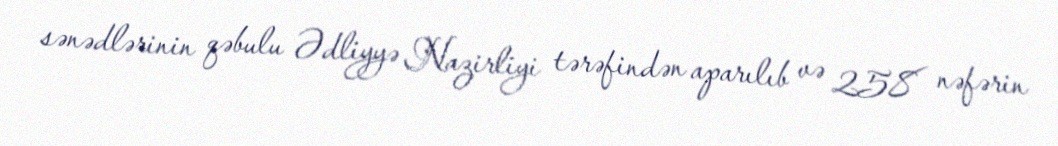
sənədlərinin qəbulu Ədliyyə Nazirliyi tərəfindən aparılıb və 258 nəfərin